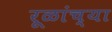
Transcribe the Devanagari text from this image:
रूळांच्या